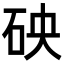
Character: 𥑞